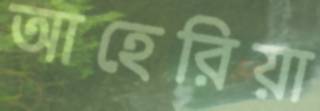
আহেরিয়া